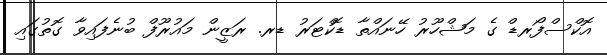
އޮކްސްފޯރޑް ގެ މަޝްހޫރު ހޭނައްތާ ޑޮކްޓަރު ޑރ. ރަޒީން މައުރޫފް ބުނެފައިވާ ގޮތުގައި